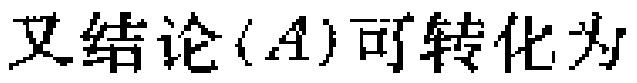
又结论$(A)可转化为$